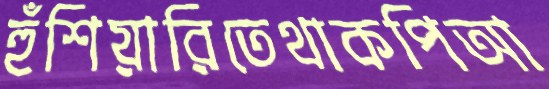
হুঁশিয়ারিতেথাকপিআ